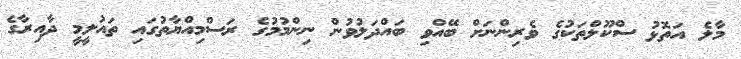
މާލެ އަތޮޅު ސްކޫލްތަކުގެ ވެރިންނަށް ބޭއްވި ބައްދަލުވުން ނިންމުމުގެ ރަސްމިއްޔާތުގައި ތައުލީމީ ދާއިރާގެ